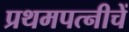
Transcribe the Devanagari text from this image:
प्रथमपत्नीचें